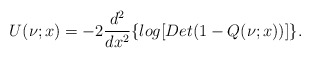
\begin{align*}U(\nu;x)=-2\frac{d^2}{dx^2}\{log[Det(1-Q(\nu;x))]\}.\end{align*}